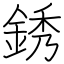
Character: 銹